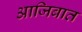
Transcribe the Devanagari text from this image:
आजिबात